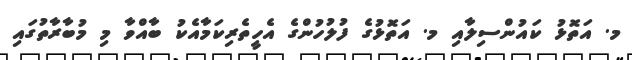
މ. އަތޮޅު ކައުންސިލާއި މ. އަތޮޅުގެ ފުލުހުންގެ އެހީތެރިކަމާއެކު ބާއްވާ މި މުބާރާތުގައި